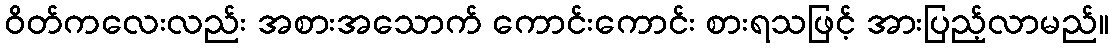
ဝိတ်ကလေးလည်း အစားအသောက် ကောင်းကောင်း စားရသဖြင့် အားပြည့်လာမည်။